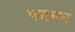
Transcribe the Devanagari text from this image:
पद्ममय